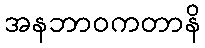
အနဘာဝကတာနိ